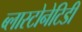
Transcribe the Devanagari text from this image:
ब्लास्टोनेटिडी